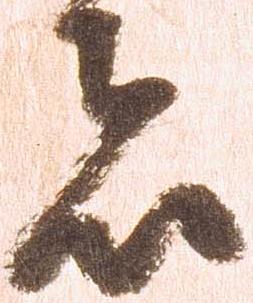
者